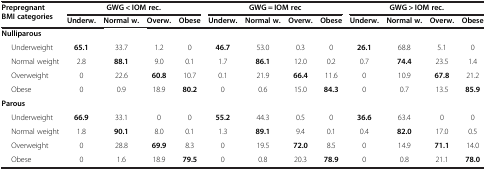
<table><thead><tr><td rowspan="2"><b>Prepregnant BMI categories</b></td><td colspan="4"><b>GWG &lt; IOM rec.</b></td><td colspan="4"><b>GWG = IOM rec</b></td><td colspan="4"><b>GWG &gt; IOM rec.</b></td></tr><tr><td><b>Underw.</b></td><td><b>Normal w.</b></td><td><b>Overw.</b></td><td><b>Obese</b></td><td><b>Underw.</b></td><td><b>Normal w.</b></td><td><b>Overw.</b></td><td><b>Obese</b></td><td><b>Underw.</b></td><td><b>Normal w.</b></td><td><b>Overw.</b></td><td><b>Obese</b></td></tr></thead><tbody><tr><td><b>Nulliparous</b></td><td> </td><td> </td><td> </td><td> </td><td> </td><td> </td><td> </td><td> </td><td> </td><td> </td><td> </td><td> </td></tr><tr><td>Underweight</td><td><b>65.1</b></td><td>33.7</td><td>1.2</td><td>0</td><td><b>46.7</b></td><td>53.0</td><td>0.3</td><td>0</td><td><b>26.1</b></td><td>68.8</td><td>5.1</td><td>0</td></tr><tr><td>Normal weight</td><td>2.8</td><td><b>88.1</b></td><td>9.0</td><td>0.1</td><td>1.7</td><td><b>86.1</b></td><td>12.0</td><td>0.2</td><td>0.7</td><td><b>74.4</b></td><td>23.5</td><td>1.4</td></tr><tr><td>Overweight</td><td>0</td><td>22.6</td><td><b>60.8</b></td><td>10.7</td><td>0.1</td><td>21.9</td><td><b>66.4</b></td><td>11.6</td><td>0</td><td>10.9</td><td><b>67.8</b></td><td>21.2</td></tr><tr><td>Obese</td><td>0</td><td>0.9</td><td>18.9</td><td><b>80.2</b></td><td>0</td><td>0.6</td><td>15.0</td><td><b>84.3</b></td><td>0</td><td>0.7</td><td>13.5</td><td><b>85.9</b></td></tr><tr><td><b>Parous</b></td><td> </td><td> </td><td> </td><td> </td><td> </td><td> </td><td> </td><td> </td><td> </td><td> </td><td> </td><td> </td></tr><tr><td>Underweight</td><td><b>66.9</b></td><td>33.1</td><td>0</td><td>0</td><td><b>55.2</b></td><td>44.3</td><td>0.5</td><td>0</td><td><b>36.6</b></td><td>63.4</td><td>0</td><td>0</td></tr><tr><td>Normal weight</td><td>1.8</td><td><b>90.1</b></td><td>8.0</td><td>0.1</td><td>1.3</td><td><b>89.1</b></td><td>9.4</td><td>0.1</td><td>0.4</td><td><b>82.0</b></td><td>17.0</td><td>0.5</td></tr><tr><td>Overweight</td><td>0</td><td>28.8</td><td><b>69.9</b></td><td>8.3</td><td>0</td><td>19.5</td><td><b>72.0</b></td><td>8.5</td><td>0</td><td>14.9</td><td><b>71.1</b></td><td>14.0</td></tr><tr><td>Obese</td><td>0</td><td>1.6</td><td>18.9</td><td><b>79.5</b></td><td>0</td><td>0.8</td><td>20.3</td><td><b>78.9</b></td><td>0</td><td>0.8</td><td>21.1</td><td><b>78.0</b></td></tr></tbody></table>